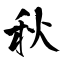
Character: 秋